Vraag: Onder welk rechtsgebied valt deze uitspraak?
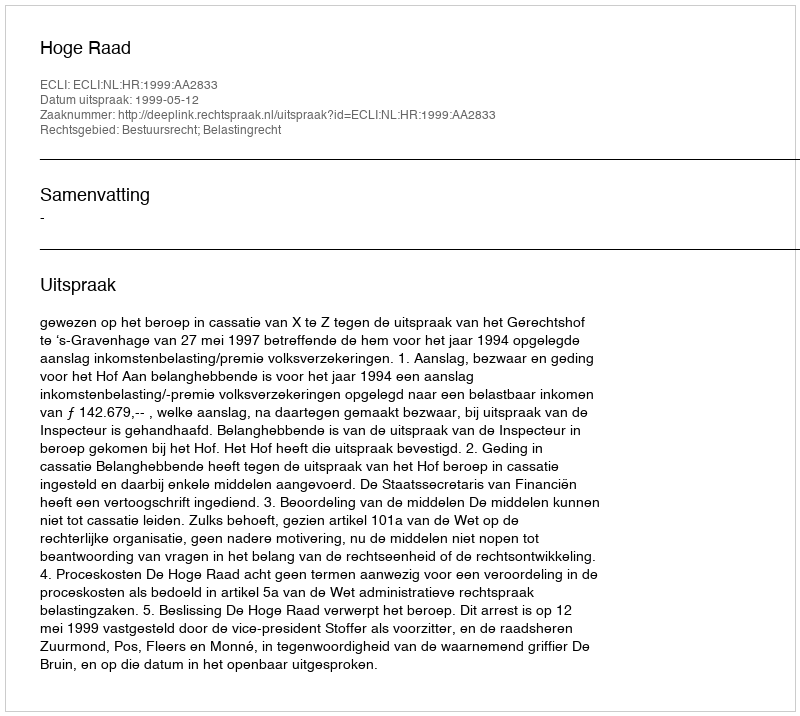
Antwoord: Bestuursrecht; Belastingrecht